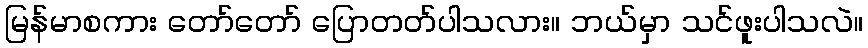
မြန်မာစကား တော်တော် ပြောတတ်ပါသလား။ ဘယ်မှာ သင်ဖူးပါသလဲ။